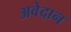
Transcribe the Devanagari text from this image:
अवेदान